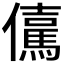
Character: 𭀇